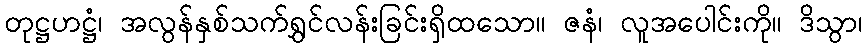
တုဋ္ဌဟဋ္ဌံ၊ အလွန်နှစ်သက်ရွှင်လန်းခြင်းရှိထသော။ ဇနံ၊ လူအပေါင်းကို။ ဒိသွာ၊